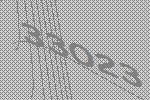
33023